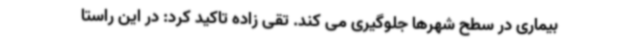
بیماری در سطح شهرها جلوگیری می کند. تقی زاده تاکید کرد: در این راستا